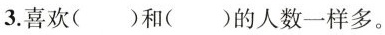
3.喜欢( )和( )的人数一样多。